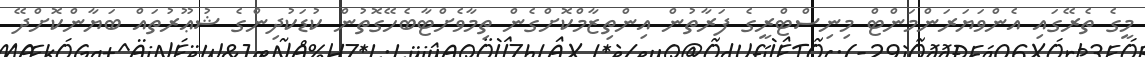
މީގެ ތެރޭގައި އެންވަޔަރަންމަންޓް މިނިސްޓްރީގެ ފަރާތުން އިންތިޒާމްކޮށްގެން ތިމާވެށްޓާބެހޭގޮތުން ކުޑަކުދިންގެ ޝުޢޫރުތައް ބަޔާންކޮށްދޭ